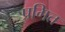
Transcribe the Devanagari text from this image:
प्रगित